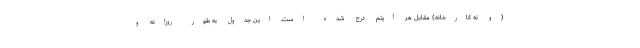
(و نه کارخانه) مقابل هر آیتم درج شده است. این جدول به طور روزانه و